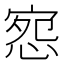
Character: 惌